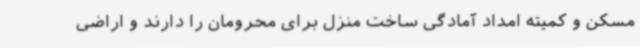
مسکن و کمیته امداد آمادگی ساخت منزل برای محرومان را دارند و اراضی